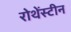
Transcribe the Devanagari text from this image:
रोथेंस्टीन